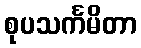
စုပသင်္ကမိတာ